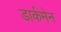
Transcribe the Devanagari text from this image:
डार्कमेन